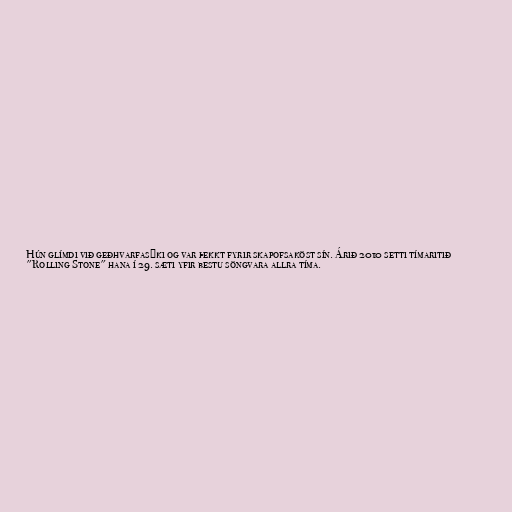
Hún glímdi við geðhvarfasýki og var þekkt fyrir skapofsaköst sín. Árið 2010 setti tímaritið
"Rolling Stone" hana í 29. sæti yfir bestu söngvara allra tíma.